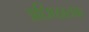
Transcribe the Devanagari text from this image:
अधिष्ठायक